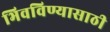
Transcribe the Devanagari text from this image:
भिवविण्यासाठी